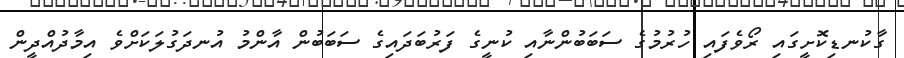
ގާކުނޑިކޮށީގައި ރޯވެފައި ހުރުމުގެ ސަބަބުންނާއި ކުނީގެ ފަރުބަދައިގެ ސަބަބުން އާންމު އުނދަގުލަކަށްވެ އިމާދުއްދީން